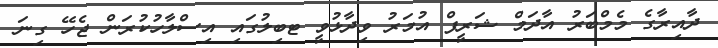
ދާއިރާގެ މެމްބަރު އާދަމް ޝަރީފް އުމަރު ވިދާޅުވީ ޓބިލުގައި އިސްލާހުކުރަން ޖެހޭ ގިނަ